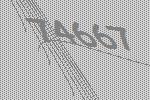
74667